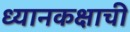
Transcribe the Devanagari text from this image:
ध्यानकक्षाची